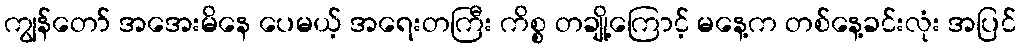
ကျွန်တော် အအေးမိနေ ပေမယ့် အရေးတကြီး ကိစ္စ တချို့ကြောင့် မနေ့က တစ်နေ့ခင်းလုံး အပြင်